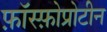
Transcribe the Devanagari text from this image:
फ़ॉस्फ़ोप्रोटीन